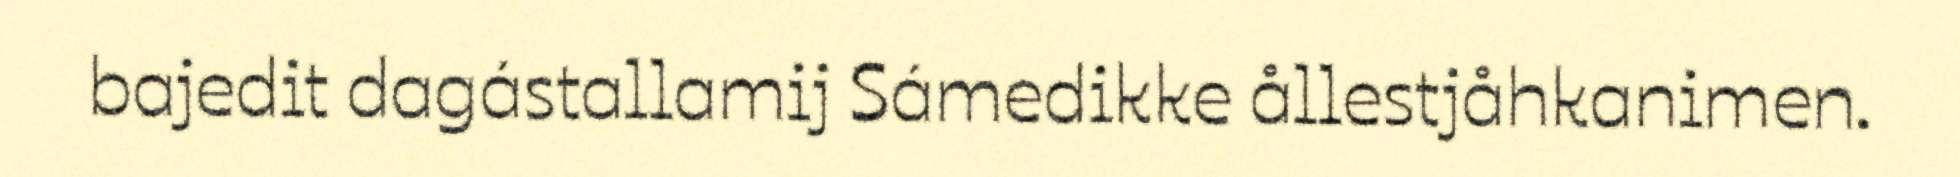
bajedit dagástallamij Sámedikke ållestjåhkanimen.